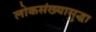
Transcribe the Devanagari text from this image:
लोकसंख्यासुद्धा